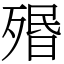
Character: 㱪